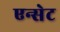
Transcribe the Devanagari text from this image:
एन्सेट